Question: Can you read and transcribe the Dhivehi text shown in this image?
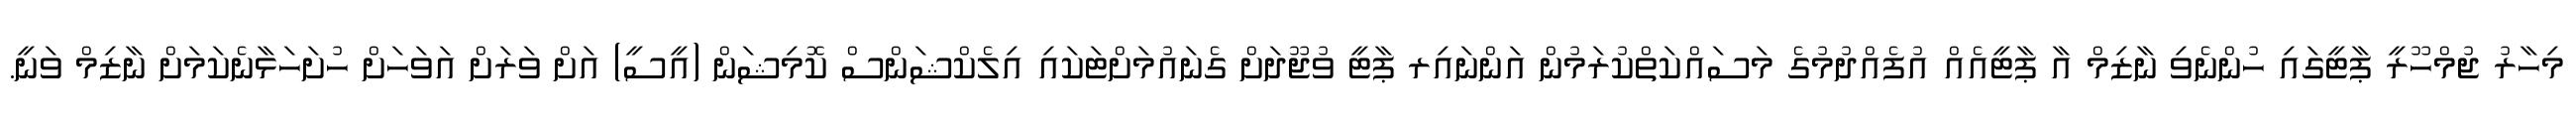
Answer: މިހާރު ޖުމްހޫރީ ޕާޓީގައި ހުންނެވި ނާޒިމް އާ ޕާޓީއެއް އުފެއްދުމުގެ މަސައްކަތްކުރަމުން އަންނައިރ ޕާޓީ ވުޖޫދަށް ގެނައުމަށްޓަކައި އިލެކްޝަންސް ކޮމިޝަން (އީސީ) އަށް ވަރަށް އަވަހަށް ހުށަހަޅާނެކަމަށް ނާޒިމް ވަނީ.